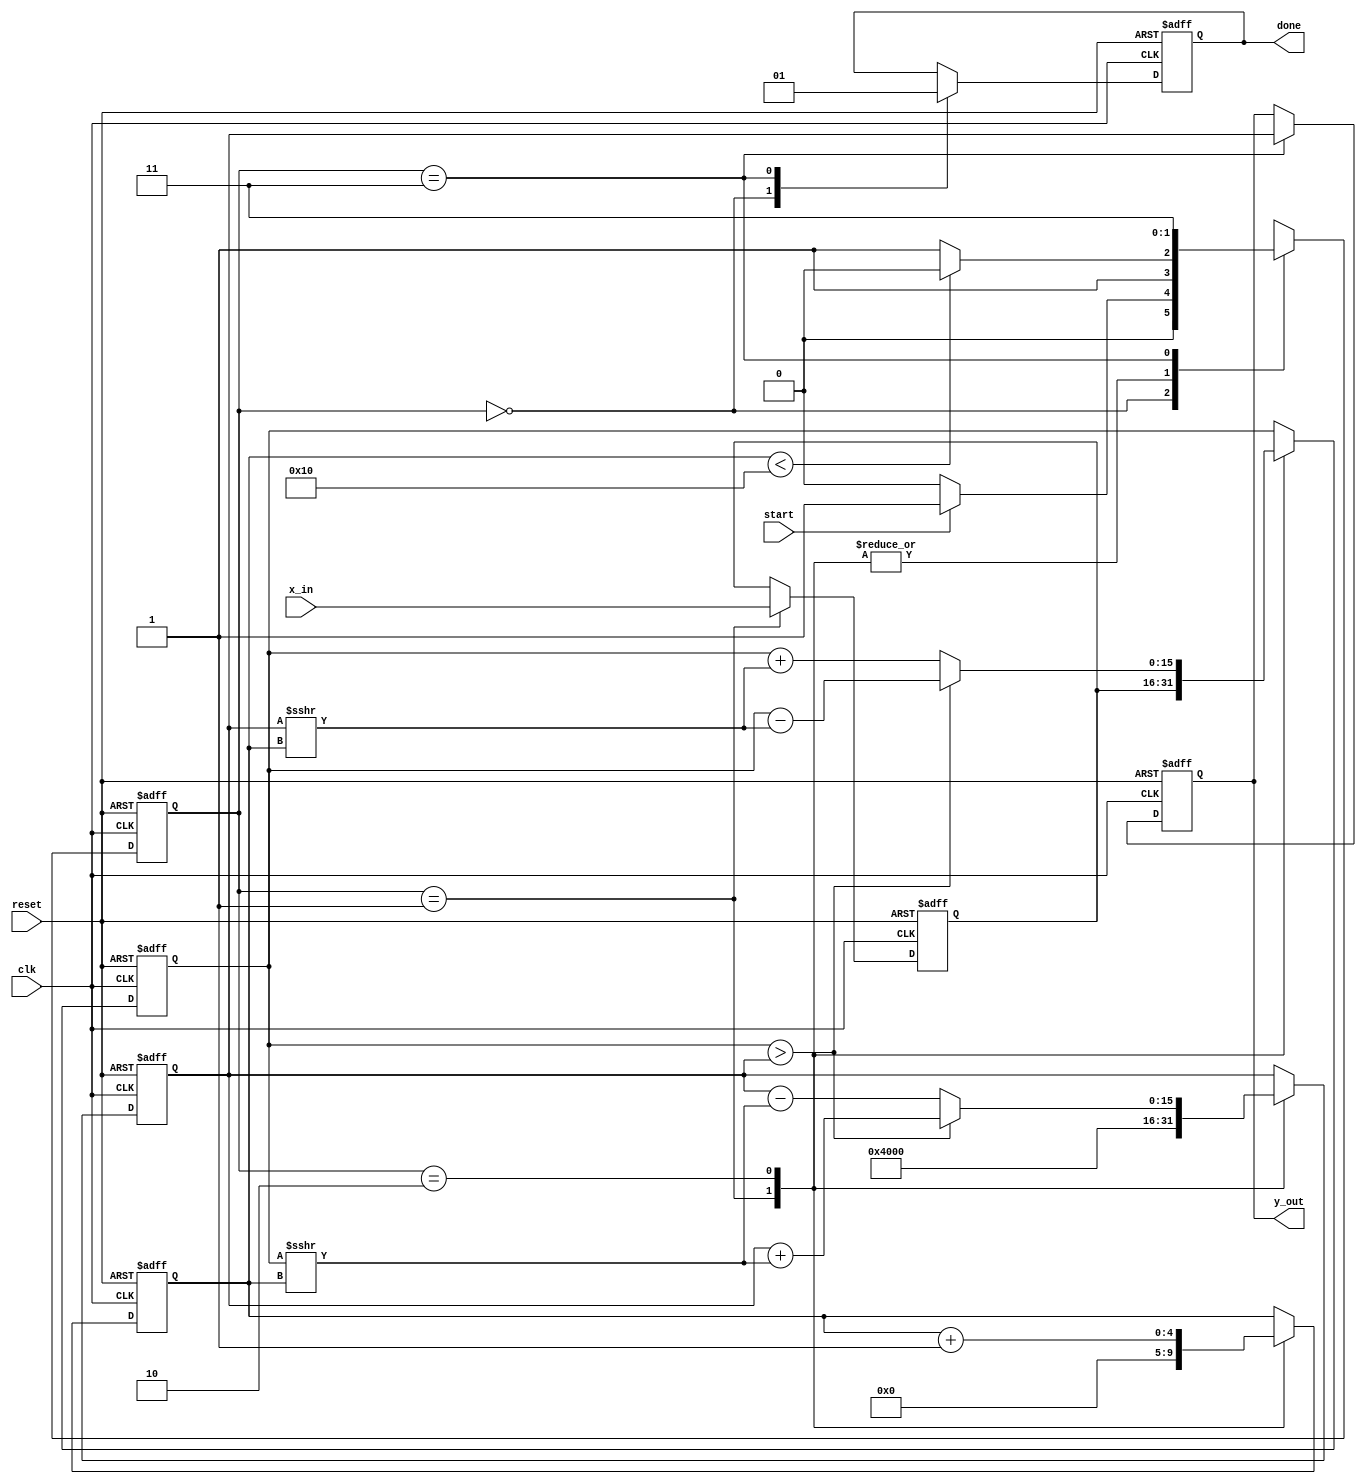
module cordic_sqrt (
    input            clk,
    input            reset,
    input  [15:0]   x_in,      // 16-bit input (positive integer)
    input            start,      // Start calculation signal
    output reg [15:0] y_out,     // 16-bit output for square root
    output reg       done        // Done signal
);

// Parameters
parameter N_ITER = 16;           // Number of iterations
parameter FIXED_POINT_FRACTION_BITS = 8; // Fractional bits for fixed-point representation

// Internal registers
reg [15:0] x;                    // X value (input value)
reg [15:0] z;                    // Z value (angle)
reg [15:0] x_curr, y_curr;       // Current x and y values
reg [4:0] iteration;              // Iteration counter
reg [15:0] y_est;                 // Estimate of square root

// CORDIC constants (arctan values)
reg [15:0] angle_table [0:N_ITER-1];
initial begin
    angle_table[0] = 16'h1C71; // atan(2^0)
    angle_table[1] = 16'h1B71; // atan(2^-1)
    angle_table[2] = 16'h1A3D; // atan(2^-2)
    angle_table[3] = 16'h1900; // atan(2^-3)
    angle_table[4] = 16'h1780; // atan(2^-4)
    angle_table[5] = 16'h16C2; // atan(2^-5)
    angle_table[6] = 16'h1618; // atan(2^-6)
    angle_table[7] = 16'h157A; // atan(2^-7)
    angle_table[8] = 16'h149F; // atan(2^-8)
    angle_table[9] = 16'h1400; // atan(2^-9)
    angle_table[10] = 16'h1380; // atan(2^-10)
    angle_table[11] = 16'h1300; // atan(2^-11)
    angle_table[12] = 16'h1280; // atan(2^-12)
    angle_table[13] = 16'h1200; // atan(2^-13)
    angle_table[14] = 16'h1180; // atan(2^-14)
    angle_table[15] = 16'h1100; // atan(2^-15)
end

// State machine states
localparam IDLE = 2'b00,
           INITIALIZE = 2'b01,
           ITERATE = 2'b10,
           DONE = 2'b11;

reg [1:0] state, next_state;

// State transition
always @(posedge clk or posedge reset) begin
    if (reset) begin
        state <= IDLE;
    end else begin
        state <= next_state;
    end
end

// Next state logic
always @(*) begin
    case (state)
        IDLE: begin
            if (start) 
                next_state = INITIALIZE;
            else
                next_state = IDLE;
        end
        INITIALIZE: begin
            if (iteration < N_ITER)
                next_state = ITERATE;
            else
                next_state = DONE;
        end
        ITERATE: begin
            if (iteration < N_ITER)
                next_state = ITERATE;
            else
                next_state = DONE;
        end
        DONE: begin
            next_state = DONE; // Stay in DONE state
        end
        default: next_state = IDLE;
    endcase
end

// Sequential logic: Control and computation
always @(posedge clk or posedge reset) begin
    if (reset) begin
        x <= 0;
        y_curr <= 0;
        x_curr <= 0;
        y_est <= 0;
        iteration <= 0;
        done <= 0;
        y_out <= 0;
    end else begin
        case (state)
            IDLE: begin
                done <= 0;
            end
            INITIALIZE: begin
                x <= x_in;
                y_curr <= 16'h4000; // Initial estimate (sqrt(1) scaled)
                x_curr <= x; 
                y_est <= 0; // Reset estimate
                iteration <= 0; // Reset iteration
            end
            ITERATE: begin
                if (x_curr > y_curr) begin
                    x_curr <= x_curr - (y_curr >>> iteration); // Shift right
                    y_curr <= y_curr + (x_curr >>> iteration); // Shift right
                end else begin
                    x_curr <= x_curr + (y_curr >>> iteration); // Shift right
                    y_curr <= y_curr - (x_curr >>> iteration); // Shift right
                end
                iteration <= iteration + 1;
            end
            DONE: begin
                y_out <= y_curr; // Output result
                done <= 1; // Set done signal
            end
        endcase
    end
end

endmodule